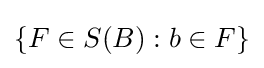
\{F\in S(B):b\in F\}